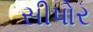
સીપોર